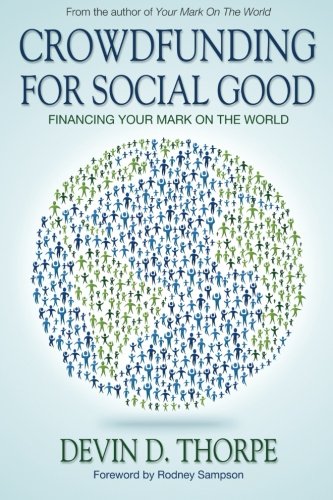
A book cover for Crowdfunding for Social Good: Financing Your Mark on the World; Devin D. Thorpe; Business & Money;